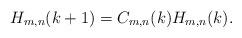
LaTeX: \begin{align*}H_{m,n}(k+1) = C_{m,n}(k)H_{m,n}(k).\end{align*}